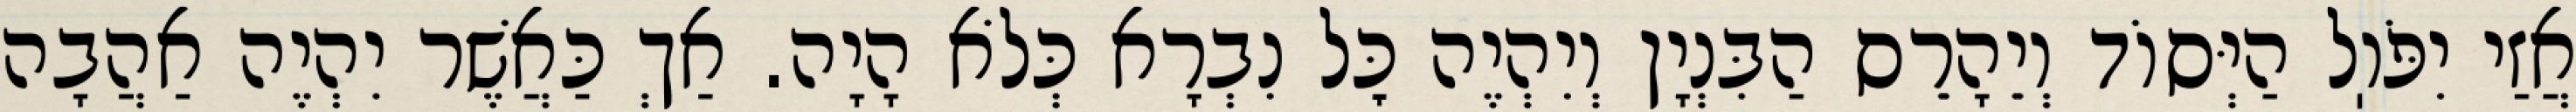
אֲזַי יִפֹּוֽל הַיְּסוֹד וְיֵהָרֵס הַבִּנְיָן וְיִהְיֶה כׇּל נִבְרָא כְּלֹא הָיָה. אַךְ כַּאֲשֶׁר יִהְיֶה אַהֲבָה